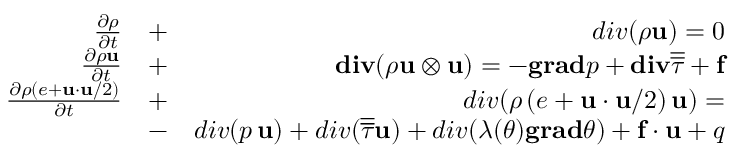
\begin{array} { r l r } { \frac { \partial \rho } { \partial t } } & { + } & { d i v ( \rho \mathbf { u } ) = 0 } \\ { \frac { \partial \rho \mathbf { u } } { \partial t } } & { + } & { \mathbf { d i v } ( \rho \mathbf { u } \otimes \mathbf { u } ) = - \mathbf { g r a d } p + \mathbf { d i v } \overline { { \overline { { \tau } } } } + \mathbf { f } } \\ { \frac { \partial \rho ( e + \mathbf { u } \cdot \mathbf { u } / 2 ) } { \partial t } } & { + } & { d i v ( \rho \, ( e + \mathbf { u } \cdot \mathbf { u } / 2 ) \, \mathbf { u } ) = } \\ & { - } & { d i v ( p \, \mathbf { u } ) + d i v ( \overline { { \overline { { \tau } } } } \mathbf { u } ) + d i v ( \lambda ( \theta ) \mathbf { g r a d } \theta ) + \mathbf { f } \cdot \mathbf { u } + q } \end{array}